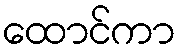
ထောင်ကာ